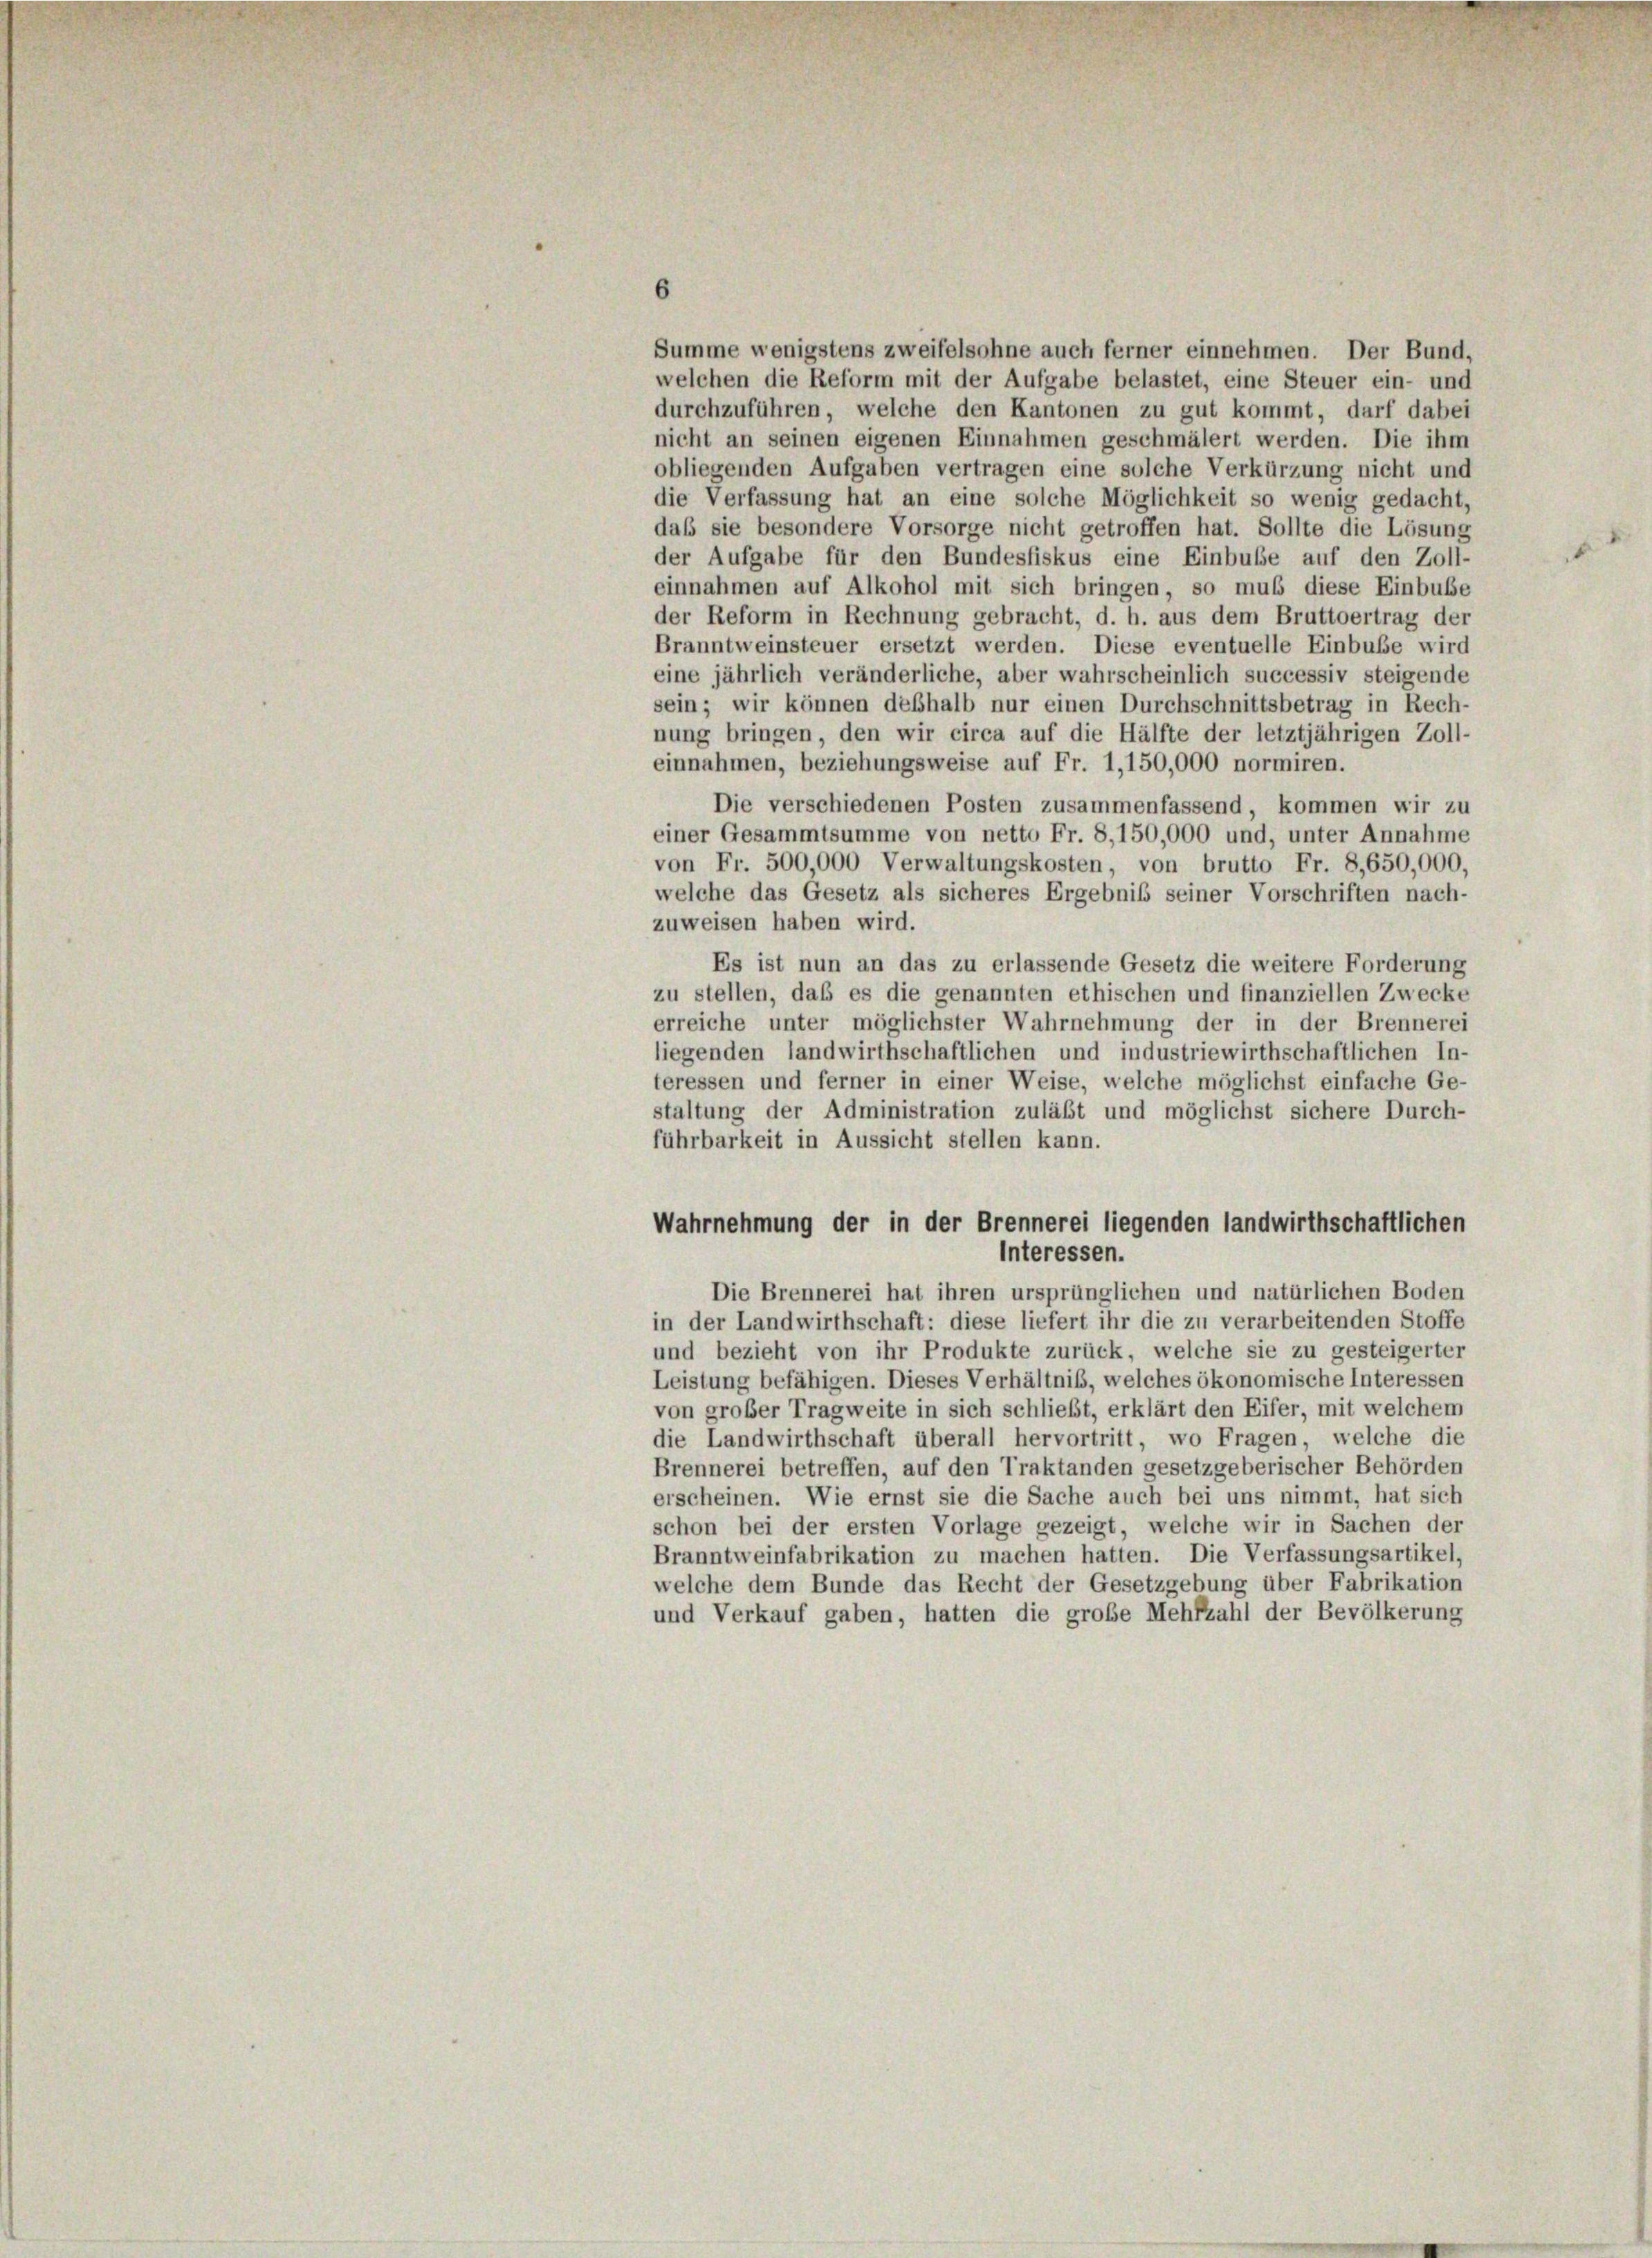
6
Summe wenigstens zweifelsohne auch ferner einnehmen. Der Bund,
welchen die Reform mit der Aufgabe belastet, eine Steuer ein- und
durchzuführen, welche den Kantonen zu gut kommt, darf dabei
nicht an seinen eigenen Einnahmen geschmälert werden. Die ihm
obliegenden Aufgaben vertragen eine solche Verkürzung nicht und
die Verfassung hat an eine solche Möglichkeit so wenig gedacht,
daß sie besondere Vorsorge nicht getroffen hat. Sollte die Lösung
der Aufgabe für den Bundesfiskus eine Einbuße auf den Zoll-
einnahmen auf Alkohol mit sich bringen, so muß diese Einbuße
der Reform in Rechnung gebracht, d. h. aus dem Bruttoertrag der
Branntweinsteuer ersetzt werden. Diese eventuelle Einbuße wird
eine jährlich veränderliche, aber wahrscheinlich successiv steigende
sein; wir können deßhalb nur einen Durchschnittsbetrag in Rech-
nung bringen, den wir circa auf die Hälfte der letztjährigen Zoll-
einnahmen, beziehungsweise auf Fr. 1,150,000 normiren.
Die verschiedenen Posten zusammenfassend, kommen wir zu
einer Gesammtsumme von netto Fr. 8, 150,000 und, unter Annahme
von Fr. 500,000 Verwaltungskosten, von brutto Fr. 8,650,000,
welche das Gesetz als sicheres Ergebniß seiner Vorschriften nach-
zuweisen haben wird.
Es ist nun an das zu erlassende Gesetz die weitere Forderung
zu stellen, daß es die genannten ethischen und finanziellen Zwecke
erreiche unter möglichster Wahrnehmung der in der Brennerei
liegenden landwirthschaftlichen und industriewirthschaftlichen In-
teressen und ferner in einer Weise, welche möglichst einfache Ge-
staltung der Administration zulässt und möglichst sichere Durch-
führbarkeit in Aussicht stellen kann.
Wahrnehmung der in der Brennerei liegenden landwirthschaftlichen
Interessen.
Die Brennerei hat ihren ursprünglichen und natürlichen Boden
in der Landwirthschaft: diese liefert ihr die zu verarbeitenden Stoffe
und bezieht von ihr Produkte zurück, welche sie zu gesteigerter
Leistung befähigen. Dieses Verhältnis, welches ökonomische Interessen
von großer Tragweite in sich schließt, erklärt den Eifer, mit welchem
die Landwirthschaft überall hervortritt, wo Fragen, welche die
Brennerei betreffen, auf den Traktanden gesetzgeberischer Behörden
erscheinen. Wie ernst sie die Sache auch bei uns nimmt, hat sich
schon bei der ersten Vorlage gezeigt, welche wir in Sachen der
Branntweinfabrikation zu machen hatten. Die Verfassungsartikel,
welche dem Bunde das Recht der Gesetzgebung über Fabrikation
und Verkauf gaben, hatten die große Mehfzahl der Bevölkerung